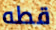
قطه